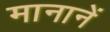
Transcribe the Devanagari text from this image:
मानानें